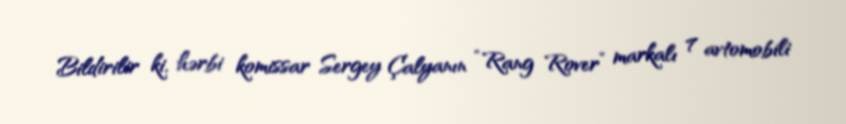
Bildirilir ki, hərbi komissar Sergey Çalyanın “Rang Rover” markalı 7 avtomobili